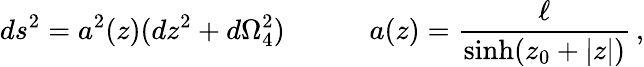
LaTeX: ds^{2}=a^{2}(z)(dz^{2}+d\Omega_{4}^{2})\quad\qquad a(z)=\frac{\ell}{\sinh(z_{0}+|z|)}\, ,